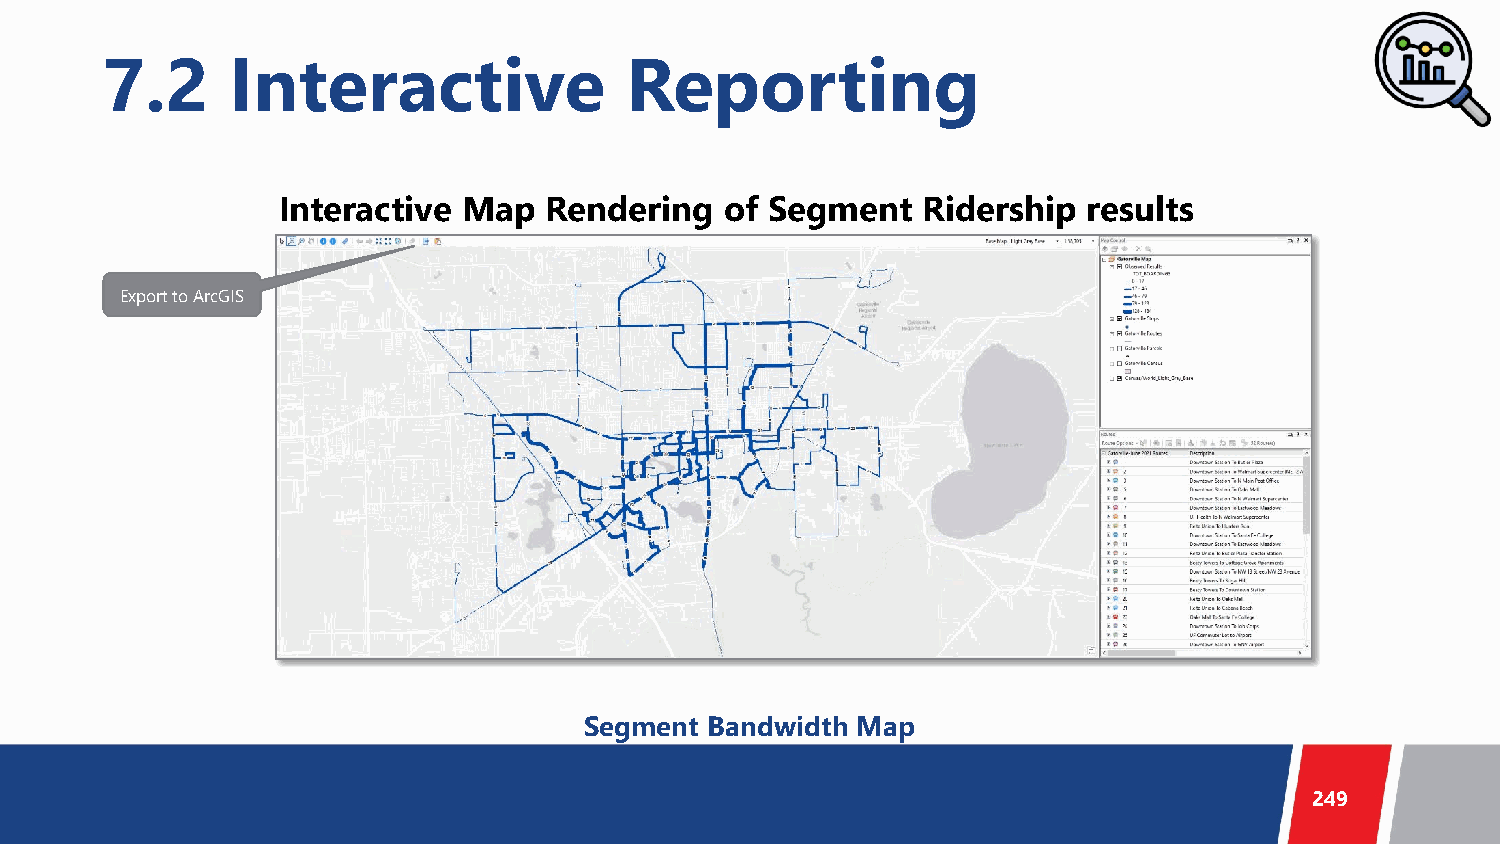
7.2     Interactive               Reporting
 Interactive  Map  Rendering   of Segment   Ridership  results
 Export to ArcGIS
 Segment Bandwidth Map
 249